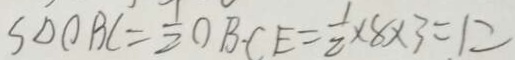
S _ { \Delta O B C } = \frac { 1 } { 2 } O B \cdot C E = \frac { 1 } { 2 } \times 8 \times 3 = 1 2